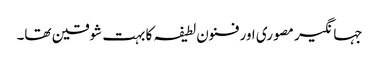
جہانگیر مصوری اور فنون لطیفہ کا بہت شوقین تھا۔